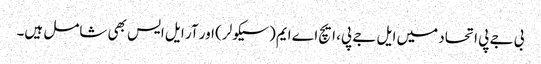
بی جے پی اتحاد میں ایل جے پی، ایچ اے ایم (سیکولر) اور آر ایل ایس بھی شامل ہیں۔